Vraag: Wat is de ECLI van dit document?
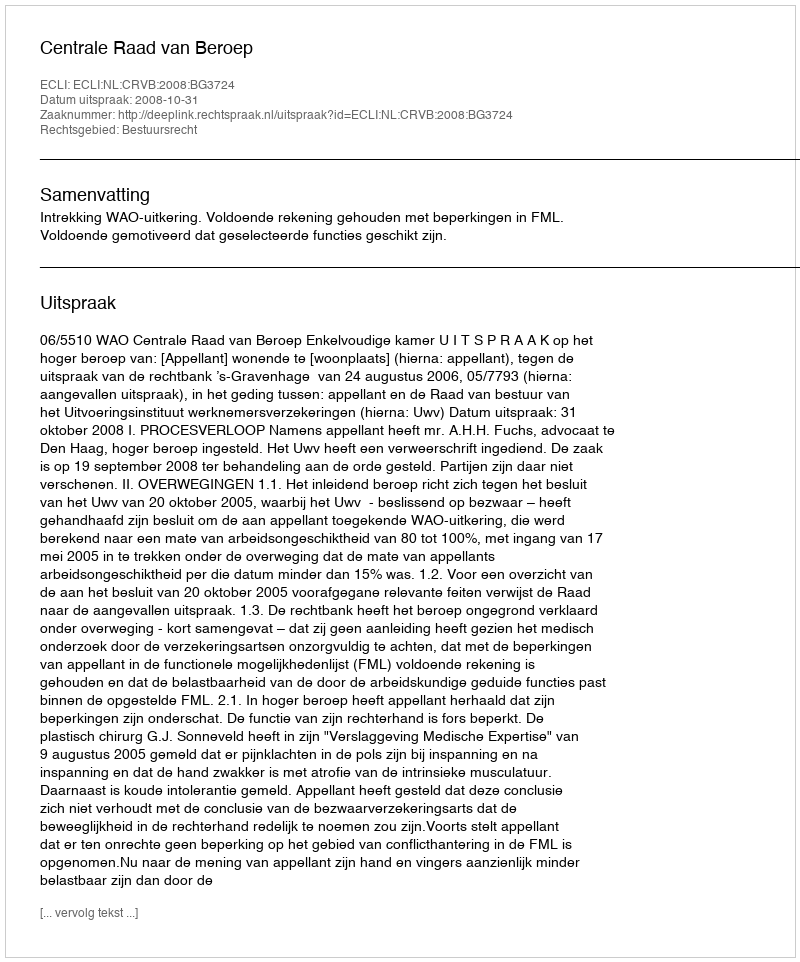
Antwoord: ECLI:NL:CRVB:2008:BG3724